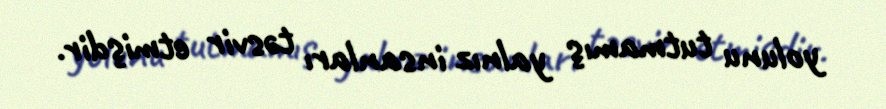
yolunu tutmamış yalnız insanları təsvir etmişdir.